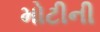
મોટીની